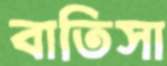
বাতিসা